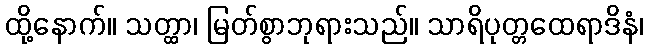
ထို့နောက်။ သတ္ထာ၊ မြတ်စွာဘုရားသည်။ သာရိပုတ္တထေရာဒိနံ၊